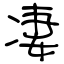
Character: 凄